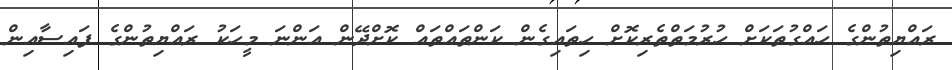
ރައްޔިތުންގެ ހައްގުތަކަށް ހުރުމަތްތެރިކޮށް ހިތައިގެން ކަންތައްތައް ކޮށްދޭން އަންނަ މީހަކު ރައްޔިތުންގެ ފައިސާއިން